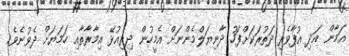
އަމާން އަދި އުފާވެރި ދަތުރަކަށްފަހު ދާނިޔަލްމެންނަށް އެމީހުން ދިރިއުޅޭ އިމާރާތާއި ހަމަޔަށް ދެވުނެވެ.